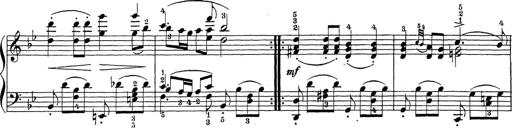
Title: Sonatina Album
Composer: Louis KÃ¶hler